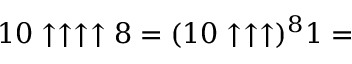
1 0 \uparrow \uparrow \uparrow \uparrow 8 = ( 1 0 \uparrow \uparrow \uparrow ) ^ { 8 } 1 =